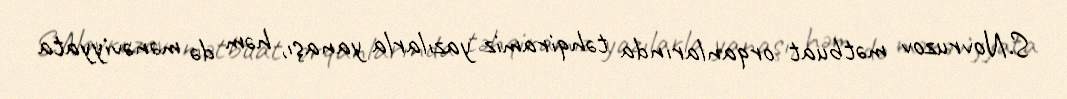
S.Novruzov mətbuat orqanlarında təhqiramiz yazılarla yanaşı, həm də mənəviyyata